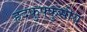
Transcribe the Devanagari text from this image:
हृदफुफ्फुसीय